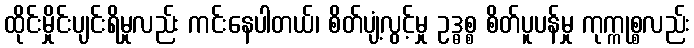
ထိုင်းမှိုင်းပျင်းရိမှုလည်း ကင်းနေပါတယ်၊ စိတ်ပျံ့လွင့်မှု ဥဒ္ဓစ္စ စိတ်ပူပန်မှု ကုက္ကုစ္စလည်း